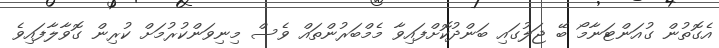
އެގޮތުން ގުއަންޓަނާމޯ ބޭ ޖަލުގައި ބަންދުކޮށްފައިވާ މެމްބަރުންތައް ވެސް މިނިވަންކުރުމަށް ކުރިން ގޮވާލާފައިވެ